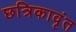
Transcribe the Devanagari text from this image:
छत्रिकावृंत